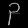
Digit: ၃